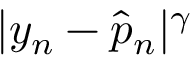
| y _ { n } - \hat { p } _ { n } | ^ { \gamma }